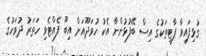
ގުޅިފައިވާ ޕާޓީތަކުގެ އިސް ބޭފުޅުންނާ އެކު ހުވަދޫއަށް އިބޫ ފެއްޓެވި ހަތަރު ދުވަހުގެ